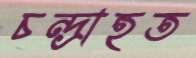
চন্দ্রাহত